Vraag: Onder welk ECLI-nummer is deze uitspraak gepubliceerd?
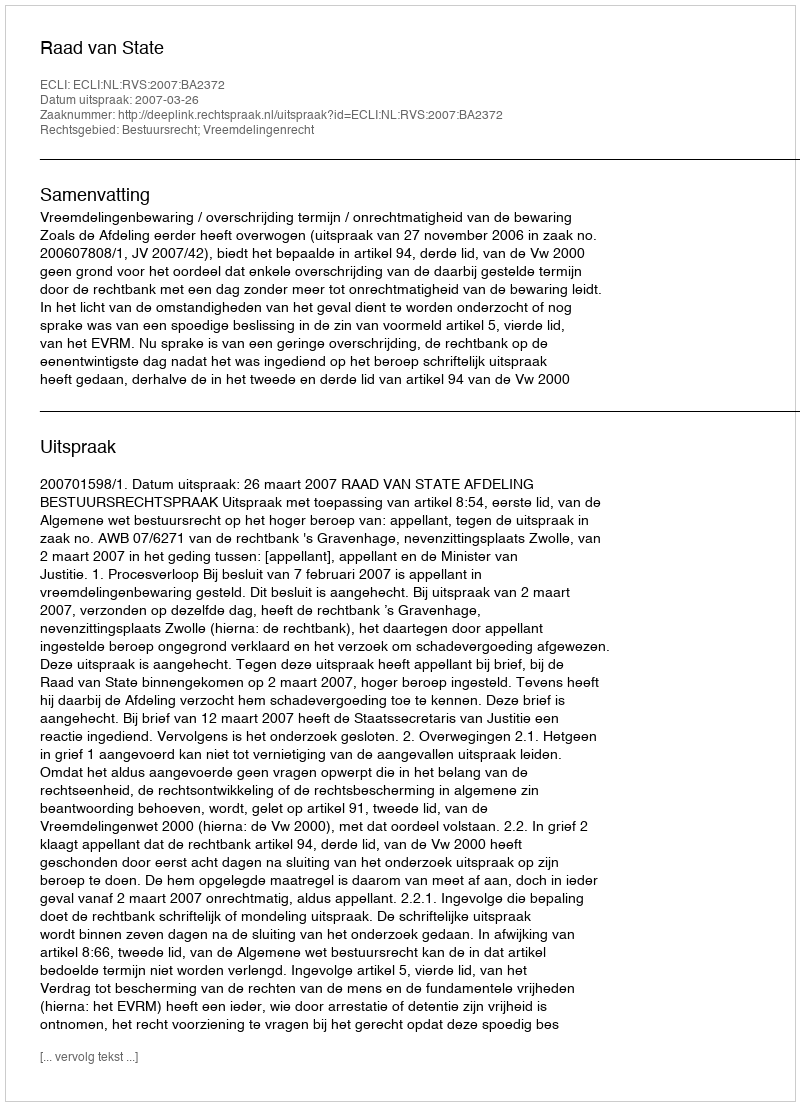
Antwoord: ECLI:NL:RVS:2007:BA2372